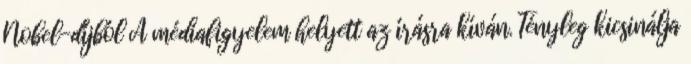
Nobel-díjból A médiafigyelem helyett az írásra kíván. Tényleg kicsinálja